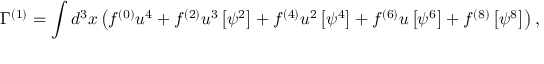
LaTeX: \Gamma ^ { ( 1 ) } = \int d ^ { 3 } x \left( f ^ { ( 0 ) } u ^ { 4 } + f ^ { ( 2 ) } u ^ { 3 } \left[ \psi ^ { 2 } \right] + f ^ { ( 4 ) } u ^ { 2 } \left[ \psi ^ { 4 } \right] + f ^ { ( 6 ) } u \left[ \psi ^ { 6 } \right] + f ^ { ( 8 ) } \left[ \psi ^ { 8 } \right] \right) ,